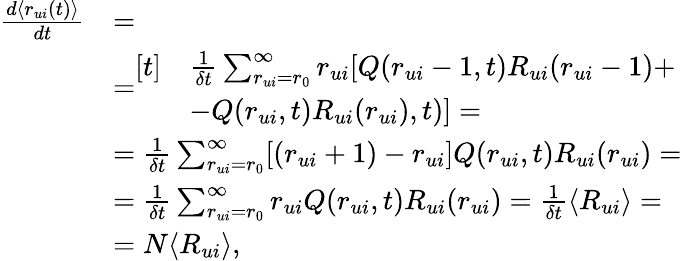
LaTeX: \begin{array}{rl}{\frac{d\langle r_{ui}(t)\rangle}{dt}}&{=}\\ &{=\begin{array}{rl}{[t]}&{\frac{1}{\delta t}\sum_{r_{ui}=r_{0}}^{\infty}r_{ui}[Q(r_{ui}-1,t)R_{ui}(r_{ui}-1)+}\\ &{-Q(r_{ui},t)R_{ui}(r_{ui}),t)]=}\end{array}}\\ &{=\frac{1}{\delta t}\sum_{r_{ui}=r_{0}}^{\infty}[(r_{ui}+1)-r_{ui}]Q(r_{ui},t)R_{ui}(r_{ui})=}\\ &{=\frac{1}{\delta t}\sum_{r_{ui}=r_{0}}^{\infty}r_{ui}Q(r_{ui},t)R_{ui}(r_{ui})=\frac{1}{\delta t}\langle R_{ui}\rangle=}\\ &{=N\langle R_{ui}\rangle,}\end{array}